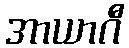
အာယာဂီ